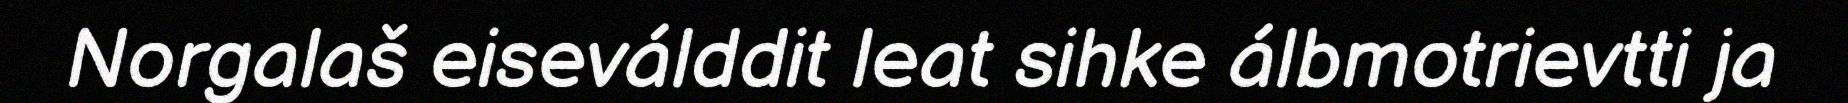
Norgalaš eiseválddit leat sihke álbmotrievtti ja